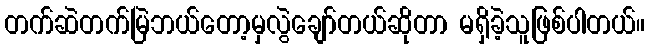
တက်ဆဲတက်မြဲဘယ်တော့မှလွဲချော်တယ်ဆိုတာ မရှိခဲ့သူဖြစ်ပါတယ်။